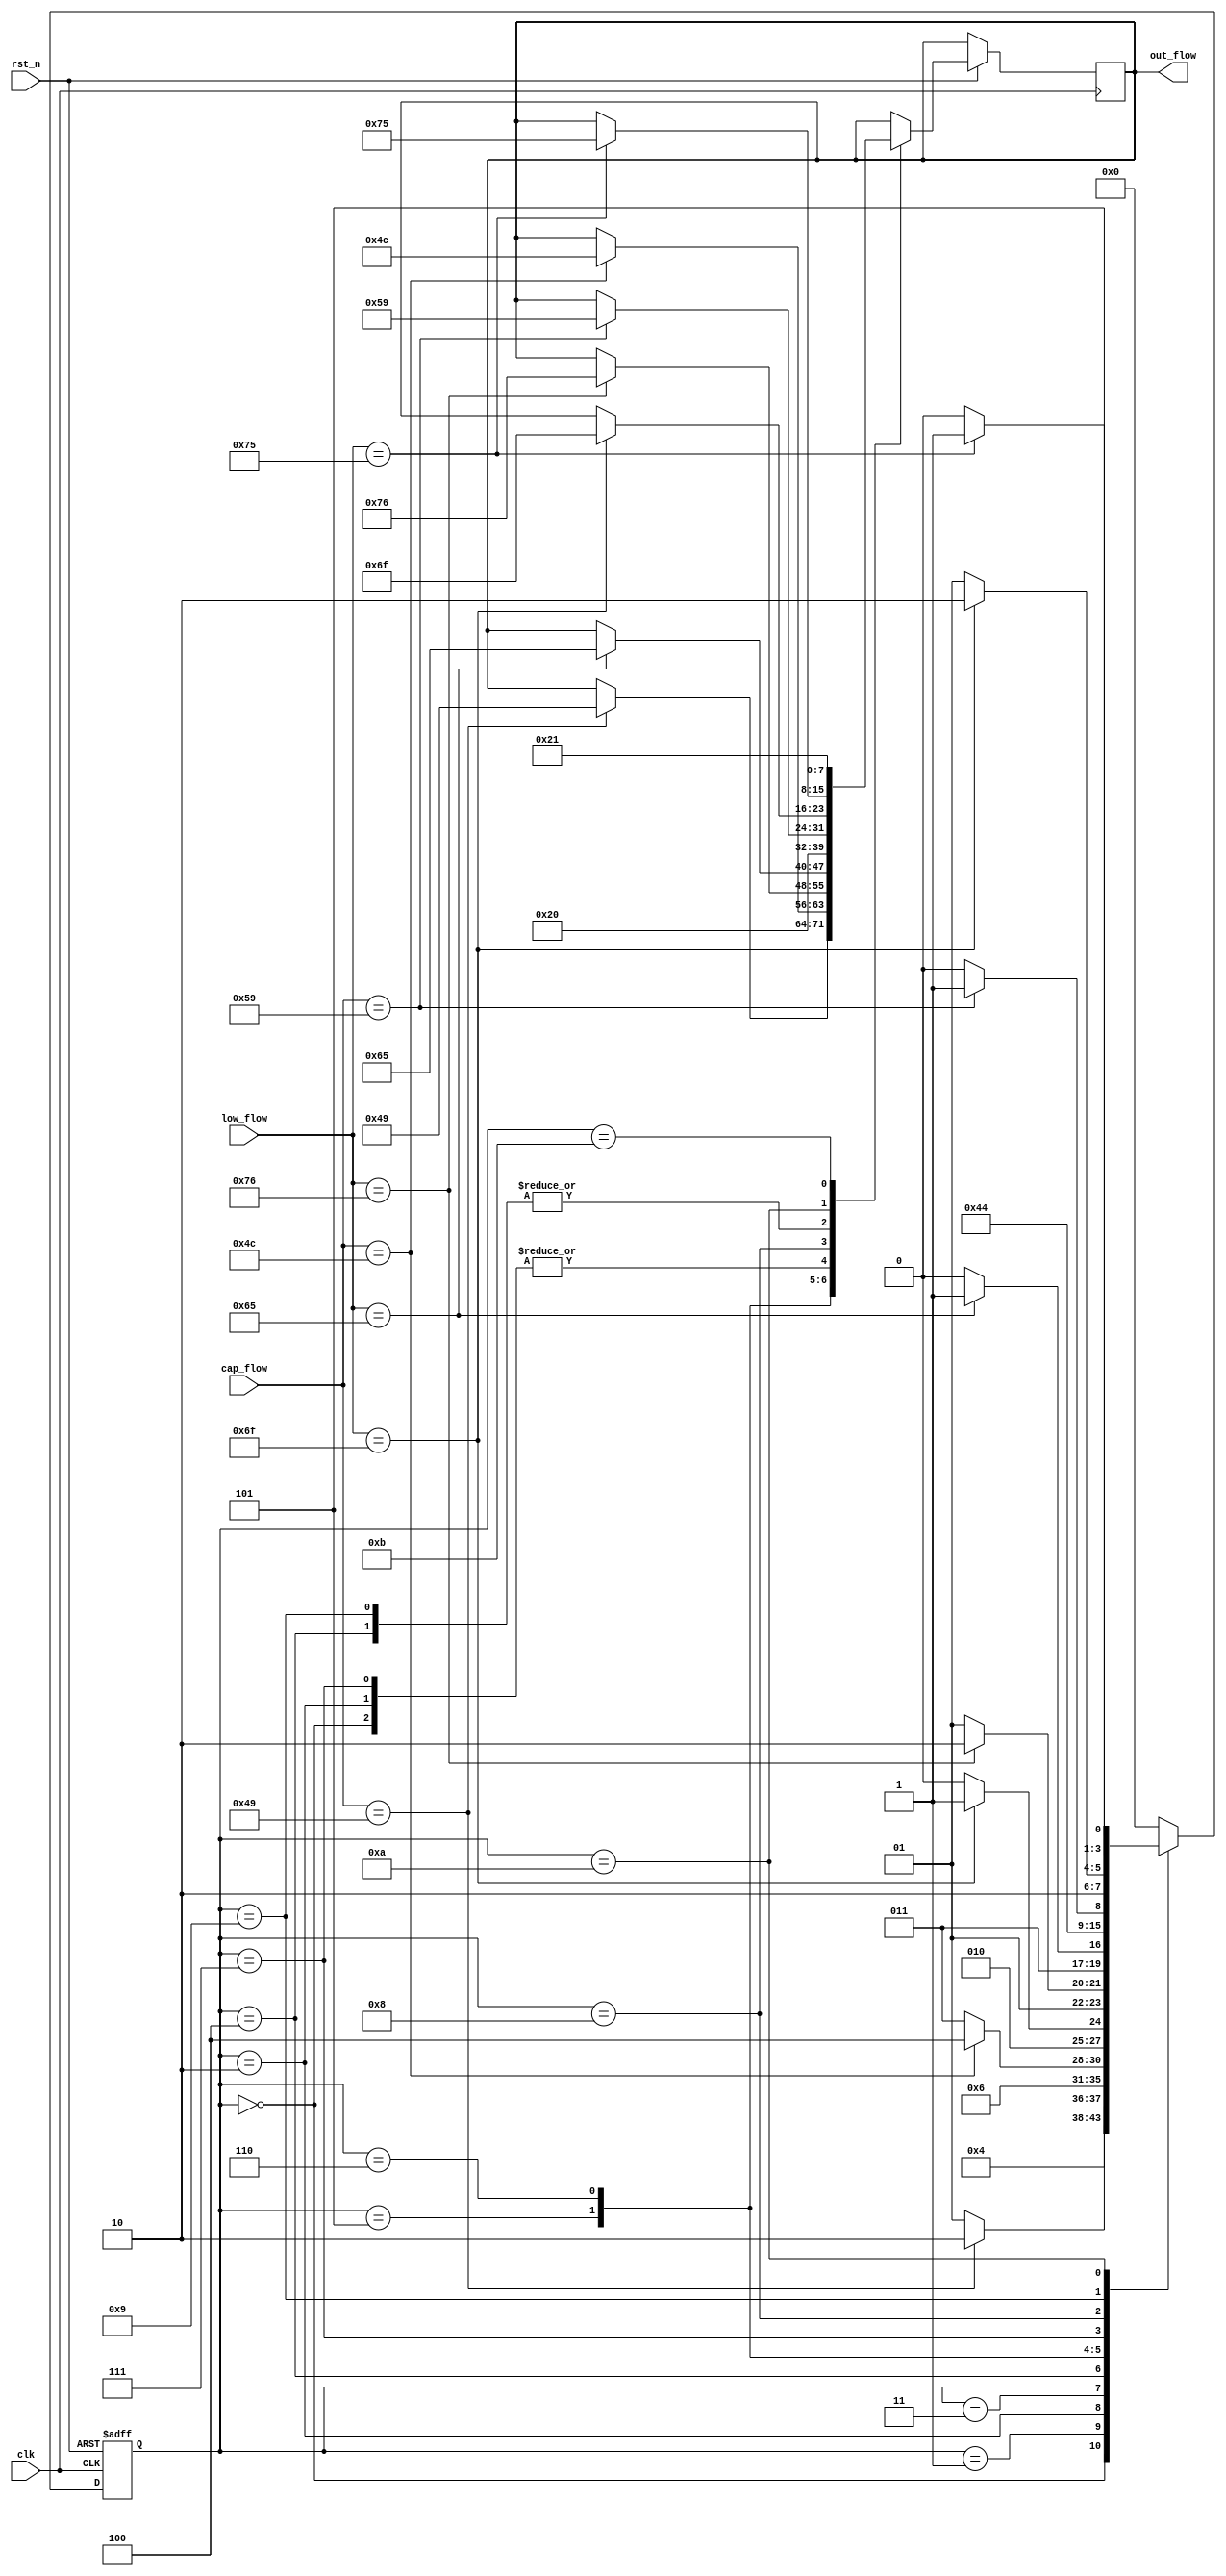
module check_iloveyou0 (clk,rst_n,cap_flow,low_flow,out_flow);
	input clk; // Clock
	input rst_n;// Asynchronous reset active low
	input [7:0] cap_flow;
	input [7:0] low_flow;
	output reg [7:0] out_flow;

	reg [3:0] CS;
	parameter [3:0]
			S0 = 4'd0,
			S1 = 4'd1,
			S2 = 4'd2,
			S3 = 4'd3,
			S4 = 4'd4,
			S5 = 4'd5,
			S6 = 4'd6,
			S7 = 4'd7,
			S8 = 4'd8,
			S9 = 4'd9,
			S10 = 4'd10,
			S11 = 4'd11;

always @ (posedge clk or negedge rst_n) 
begin : proc_
	if(~rst_n) 
			begin
			CS <= S0;
			end
	else
		begin :proc_1
			case (CS)
				S0: begin
					CS <= S1;
					out_flow = " ";
					end
				S1: begin
						if(cap_flow == "I")
							begin
								CS = S2;
								out_flow <= "I"; //I
							end
						else CS = S1;
				    end
				S2: begin
						out_flow <=  " ";
						CS <= S3;
				    end
				S3: begin
						if(cap_flow == "L")
							begin
								CS = S4;
								out_flow <=  "L"; //L
							end
						else CS = S3;
					end
				S4: begin
						if(low_flow == "o")
							begin 
								CS = S5;
								out_flow <=  "o";  //o
							end
						else CS = S4;
				    end
				S5: begin
						if(low_flow == "v")
							begin 
								CS = S6;
								out_flow <=  "v"; //v
							end
						else CS = S5;
				    end
				S6: begin
						if(low_flow == "e")
							begin 
								CS = S7;
								out_flow <=  "e";  //e
							end
						else CS = S6;
				    end
				S7: begin
						out_flow <= " ";
						CS <= S8;
				    end
				S8: begin
						if(cap_flow == "Y")
							begin
								CS = S9;
								out_flow <=  "Y";  //Y
							end
						else CS = S8;
				    end
				S9: begin
						if(low_flow == "o")
							begin
								CS = S10;
								out_flow <=  "o";  //o
							end
						else CS = S9;
				    end
				S10: begin
						if(low_flow == "u")
							begin
								CS = S11;
								out_flow <=  "u";  //u
							end
						else CS = S10;
				    end
				S11:
				    begin
				    out_flow <=  "!";
				    CS <= S0;           //
				    end
					// ERROR: begin

					//     	end
				default : CS <= S0;
			endcase
		end

end

endmodule